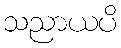
သညာယပိ